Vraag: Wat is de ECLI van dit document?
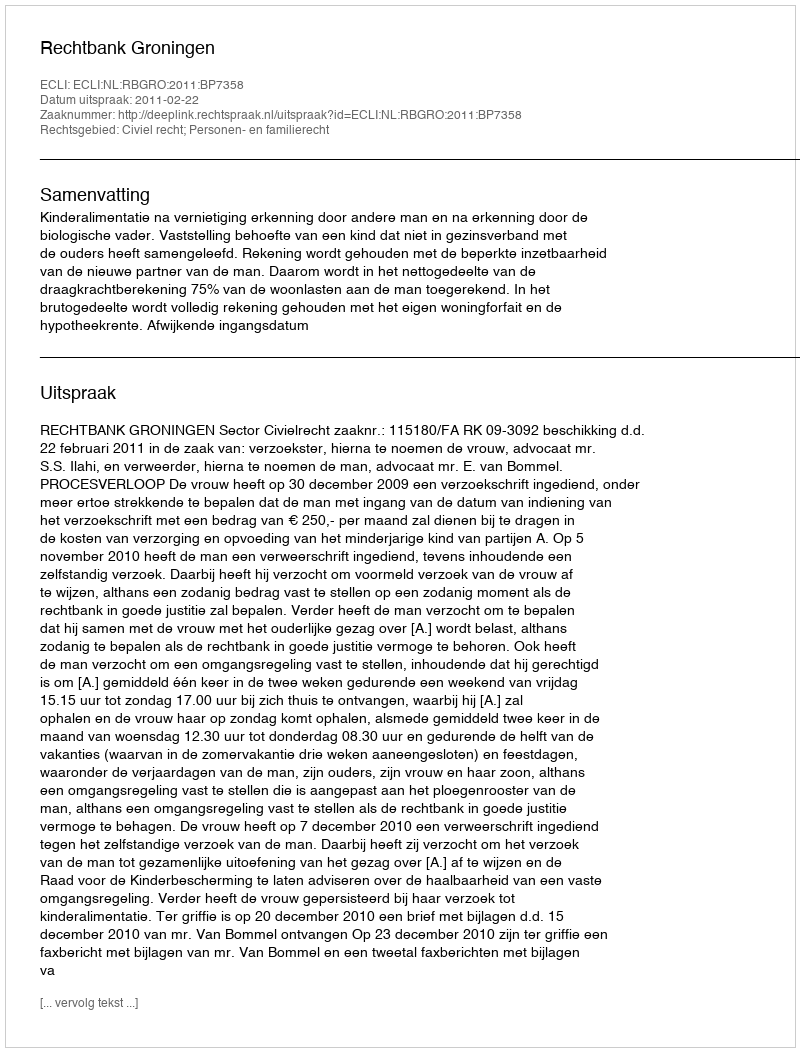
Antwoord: ECLI:NL:RBGRO:2011:BP7358